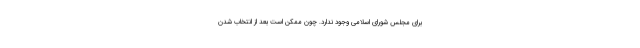
برای مجلس شورای اسلامی وجود ندارد. چون ممکن است بعد از انتخاب شدن